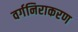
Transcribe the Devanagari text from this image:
वर्गनिराकरण